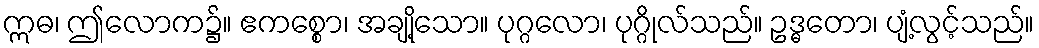
ဣဓ၊ ဤလောက၌။ ဧကစ္စော၊ အချို့သော။ ပုဂ္ဂလော၊ ပုဂ္ဂိုလ်သည်။ ဥဒ္ဓတော၊ ပျံ့လွင့်သည်။